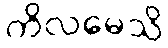
ကိလမေသိ